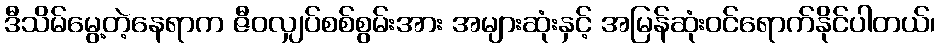
ဒီသိမ်မွေ့တဲ့နေရာက ဇီဝလျှပ်စစ်စွမ်းအား အများဆုံးနှင့် အမြန်ဆုံးဝင်ရောက်နိုင်ပါတယ်၊